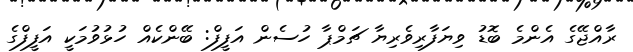
ރާއްޖޭގެ އެންމެ ބޮޑު ވިޔަފާރިވެރިޔާ ޗަމްޕާ ހުސެން އަފީފް: ބޭންކެއް ހުޅުވުމަކީ އަފީފްގެ